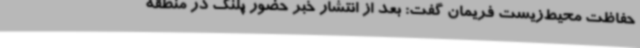
حفاظت‌ محیط‌زیست فریمان گفت: بعد از انتشار خبر حضور پلنگ در منطقه